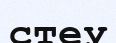
стеу